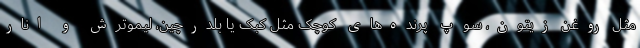
مثل روغن زیتون، سوپ پرنده‌های کوچک مثل کبک یا بلدرچین، لیموترش و انار